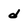
Character: d